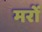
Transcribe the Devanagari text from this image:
मरों